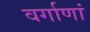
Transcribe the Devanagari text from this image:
वर्गाणां